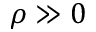
\rho \gg 0